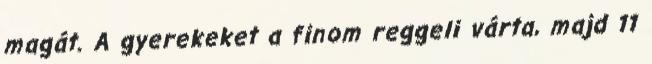
magát. A gyerekeket a finom reggeli várta, majd 11